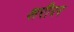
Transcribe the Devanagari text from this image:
शरीरर